Report of the Imperial Institute of Veterinary Research, Muktesar
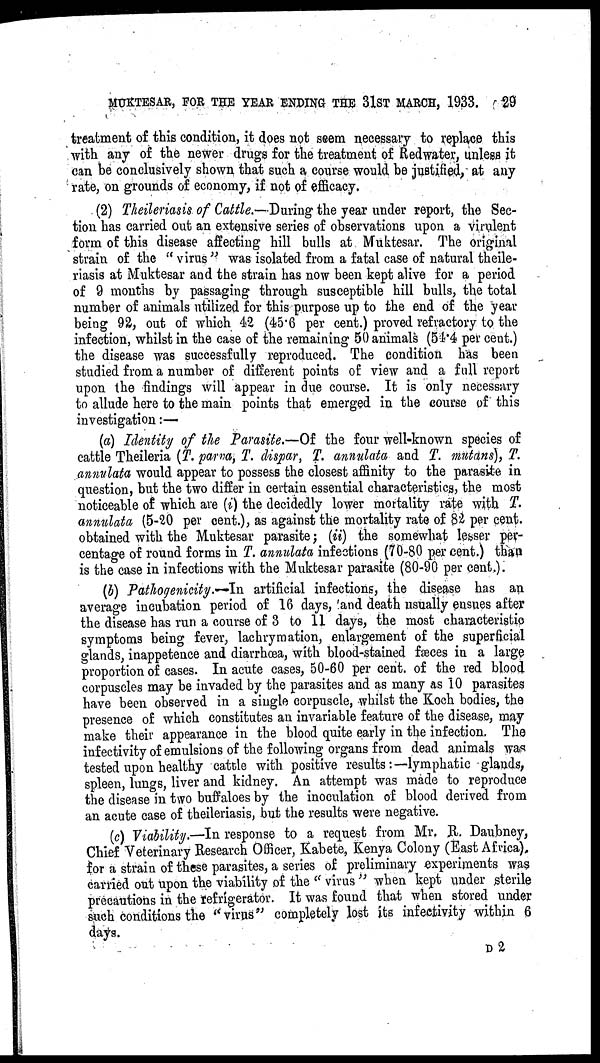
MUKTESAR, FOR THE YEAR ENDING THE 31ST MARCH, 1933.
29
treatment of this condition, it does not seem necessary to replace this
with any of the newer drugs for the treatment of Redwater, unless it
can be conclusively shown that such a course would be justified, at any
rate, on grounds of economy, if not of efficacy.
(2) Theileriasis of Cattle.— During the year under report, the Sec-
tion has carried out an extensive series of observations upon a virulent
form of this disease affecting hill bulls at Muktesar. The original
strain of the " virus " was isolated from a fatal case of natural theile-
riasis at Muktesar and the strain has now been kept alive for a period
of 9 months by passaging through susceptible hill bulls, the total
number of animals utilized for this purpose up to the end of the year
being 92, out of which 42 (45.6 per cent.) proved refractory to the
infection, whilst in the case of the remaining 50 animals (54.4 per cent.)
the disease was successfully reproduced. The condition has been
studied from a number of different points of view and a full report
upon the findings will appear in due course. It is only necessary
to allude here to the main points that emerged in the course of this
investigation :—
(a) Identity of the Parasite.—Of the four well-known species of
cattle Theileria (T. parva, T. dispar, T. annulata and T. mutans), T.
annulata would appear to possess the closest affinity to the parasite in
question, but the two differ in certain essential characteristics, the most
noticeable of which are (i) the decidedly lower mortality rate with T.
annulata (5-20 per cent.), as against the mortality rate of 82 per cent.
obtained with the Muktesar parasite; (ii) the somewhat lesser per-
centage of round forms in T. annulata infections (70-80 per cent.) than
is the case in infections with the Muktesar parasite (80-90 per cent.).
(b) Pathogenicity.—In artificial infections, the disease has an
average incubation period of 16 days, and death usually ensues after
the disease has run a course of 3 to 11 days, the most characteristic
symptoms being fever, lachrymation, enlargement of the superficial
glands, inappetence and diarrhœa, with blood-stained fæces in a large
proportion of cases. In acute cases, 50-60 per cent. of the red blood
corpuscles may be invaded by the parasites and as many as 10 parasites
have been observed in a single corpuscle, whilst the Koch bodies, the
presence of which constitutes an invariable feature of the disease, may
make their appearance in the blood quite early in the infection. The
infectivity of emulsions of the following organs from dead animals was
tested upon healthy cattle with positive results:—lymphatic glands,
spleen, lungs, liver and kidney. An attempt was made to reproduce
the disease in two buffaloes by the inoculation of blood derived from
an acute case of theileriasis, but the results were negative.
(c) Viability.—In response to a request from Mr. R. Daubney,
Chief Veterinary Research Officer, Kabete, Kenya Colony (East Africa),
for a strain of these parasites, a series of preliminary experiments was
carried out upon the viability of the " virus " when kept under sterile
precautions in the refrigerator. It was found that when stored under
such conditions the "virus" completely lost its infectivity within 6
days.
D 2